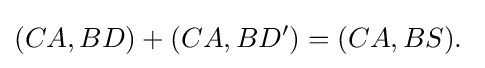
(CA,BD)+(CA,BD')=(CA,BS).\